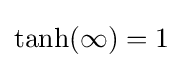
{\textrm {tanh}}(\infty )=1